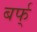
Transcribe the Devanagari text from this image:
बर्फ्